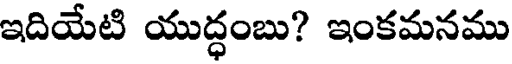
ఇదియేటి యుద్ధంబు? ఇంకమనము